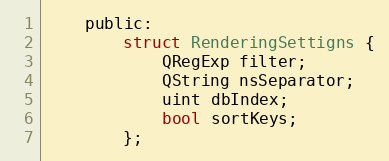
Language: C
    public:
        struct RenderingSettigns {
            QRegExp filter;
            QString nsSeparator;
            uint dbIndex;
            bool sortKeys;
        };